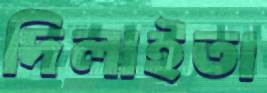
দিলাইতা